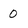
Character: 0